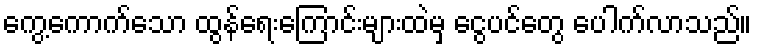
ကွေ့ကောက်သော ထွန်ရေးကြောင်းများထဲမှ ငွေပင်တွေ ပေါက်လာသည်။